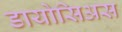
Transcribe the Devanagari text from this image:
डायोसिअस